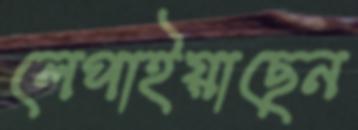
লেপাইয়াছেন